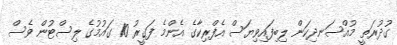
ގުދުރަތީ މުއްސަނދިކަން ލިބިފައިވިޔަސް އެފްރިކާގެ އެންމެ ފަގީރު 10 ގައުމުގެ ލިސްޓުން ވެސް